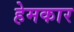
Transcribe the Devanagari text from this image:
हेमकार